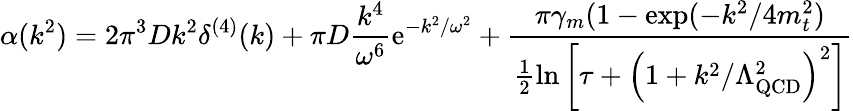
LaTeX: \alpha(k^{2})=2\pi^{3}Dk^{2}\delta^{(4)}(k)+\pi D\frac{k^{4}}{\omega^{6}}\mathrm{e}^{-k^{2}/\omega^{2}}+\frac{\pi\gamma_{m}(1-\exp(-k^{2}/4m_{t}^{2})}{\frac{1}{2}\ln\left[\tau+\left(1+k^{2}/\Lambda_{\mathrm{QCD}}^{2}\right)^{2}\right]}